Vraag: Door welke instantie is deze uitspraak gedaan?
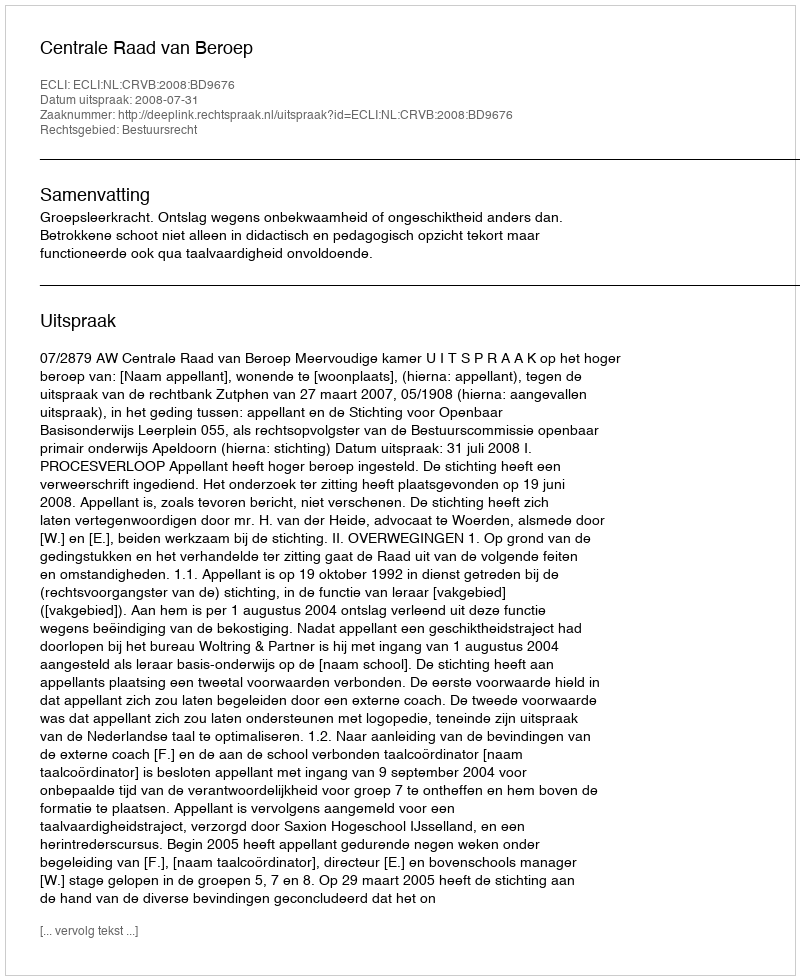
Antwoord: Centrale Raad van Beroep